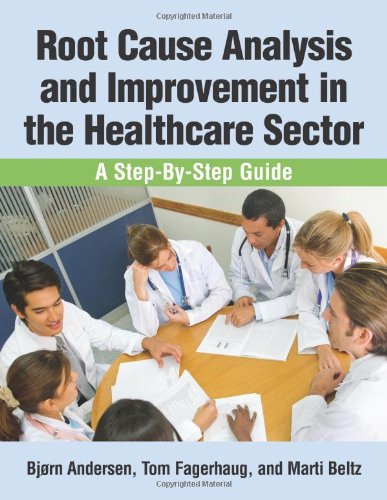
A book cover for Root Cause Analysis and Improvement in the Healthcare Sector; BjÃ¸rn Andersen; Business & Money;